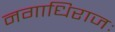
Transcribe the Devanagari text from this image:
नगाधिराजः